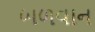
બળવાન